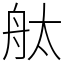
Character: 舦